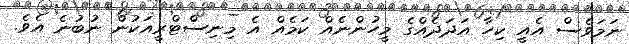
ނަމަވެސް އެއީ ކިހާ އަދަދެއްގެ މީހުންނެއް ކަމެއް އެ މިނިސްޓްރީއަކުން ނުބުނެ އެވެ.